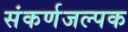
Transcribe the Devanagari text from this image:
संकर्णजल्पक